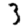
Digit: 3